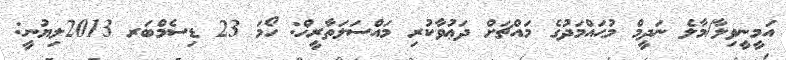
އަމީނީވިލާ/މާލެ ނަދީމް މުޙައްމަދުގެ މައްޗަށް ދަޢުވާކުރި މައްސަލަތާރީޚް: ހޯމަ 23 ޑިސެމްބަރ 2013ލިޔުނީ: